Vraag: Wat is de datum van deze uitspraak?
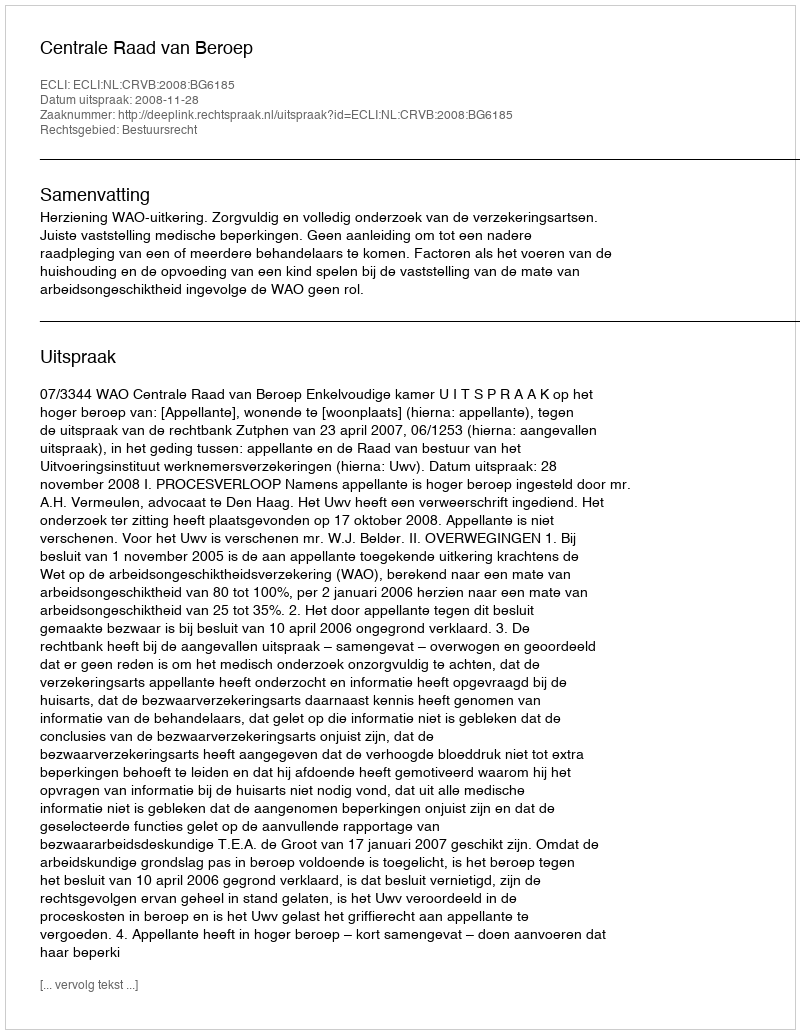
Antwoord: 2008-11-28